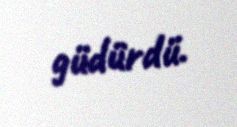
güdürdü.